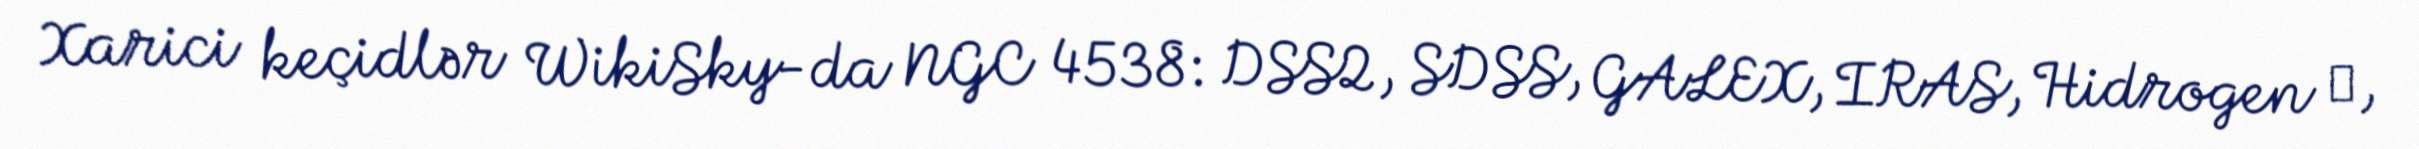
Xarici keçidlər WikiSky-da NGC 4538: DSS2, SDSS, GALEX, IRAS, Hidrogen α,